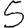
Digit: 5